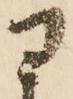
ヨ